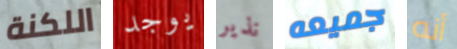
اللكنة يوجد نذير جميعه أنه